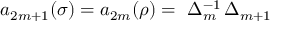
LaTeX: a _ { 2 m + 1 } ( \sigma ) = a _ { 2 m } ( \rho ) = \ \Delta _ { m } ^ { - 1 } \, \Delta _ { m + 1 }